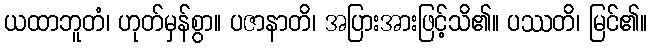
ယထာဘူတံ၊ ဟုတ်မှန်စွာ။ ပဇာနာတိ၊ အပြားအားဖြင့်သိ၏။ ပဿတိ၊ မြင်၏။